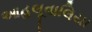
આહલૂવાલિયા